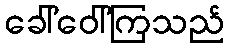
ခေါ်ဝေါ်ကြသည်